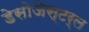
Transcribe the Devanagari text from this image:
डेसोजेस्टर्ल